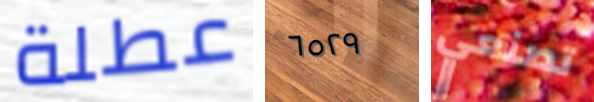
عطلة ٦٥٢٩ تصنعي